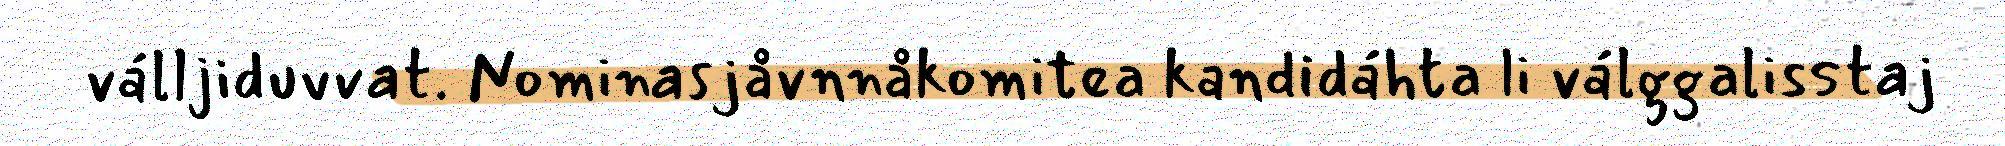
válljiduvvat. Nominasjåvnnåkomitea kandidáhta li válggalisstaj